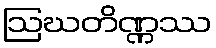
ဩဃတိဏ္ဏဿ